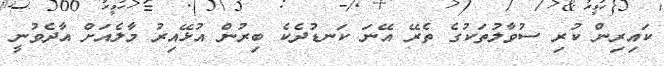
ކައިރިން ކުރި ސުވާލުތަކުގެ ތެރޭ އޭނަ ކަނޑުދެކެ ބިރުން އުޅޭއިރު މާލެއަށް އާދެވުނީ